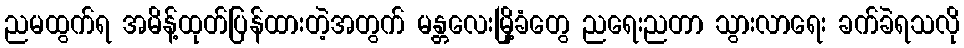
ညမထွက်ရ အမိန့်ထုတ်ပြန်ထားတဲ့အတွက် မန္တလေးမြို့ခံတွေ ညရေးညတာ သွားလာရေး ခက်ခဲရသလို